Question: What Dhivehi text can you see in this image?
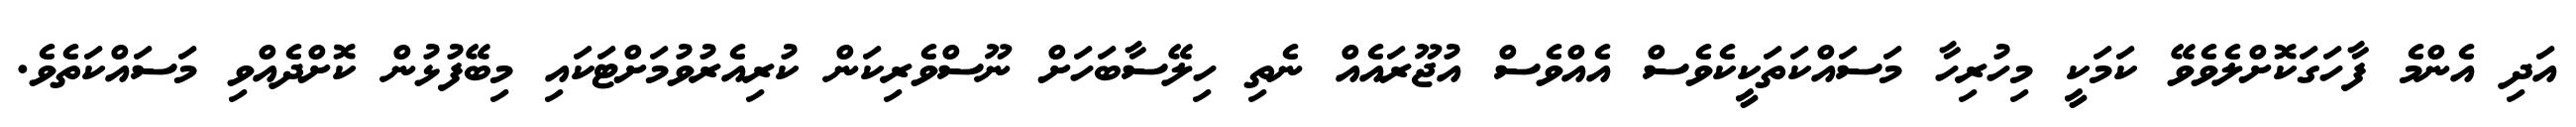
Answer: އަދި އެންމެ ފާހަގަކޮށްލެވެވޭ ކަމަކީ މިހުރިހާ މަސައްކަތަކީކެވެސް އެއްވެސް އުޖޫރައެއް ނެތި ހިލޭސާބަހަށް ނޫސްވެރިކަން ކުރިއެރުވުމަށްޓަކައި މިބޭފުޅުން ކޮށްދެއްވި މަސައްކަތެވެ.